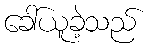
ခေါ်ယူခဲ့သည်